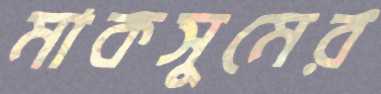
মাকসুমের